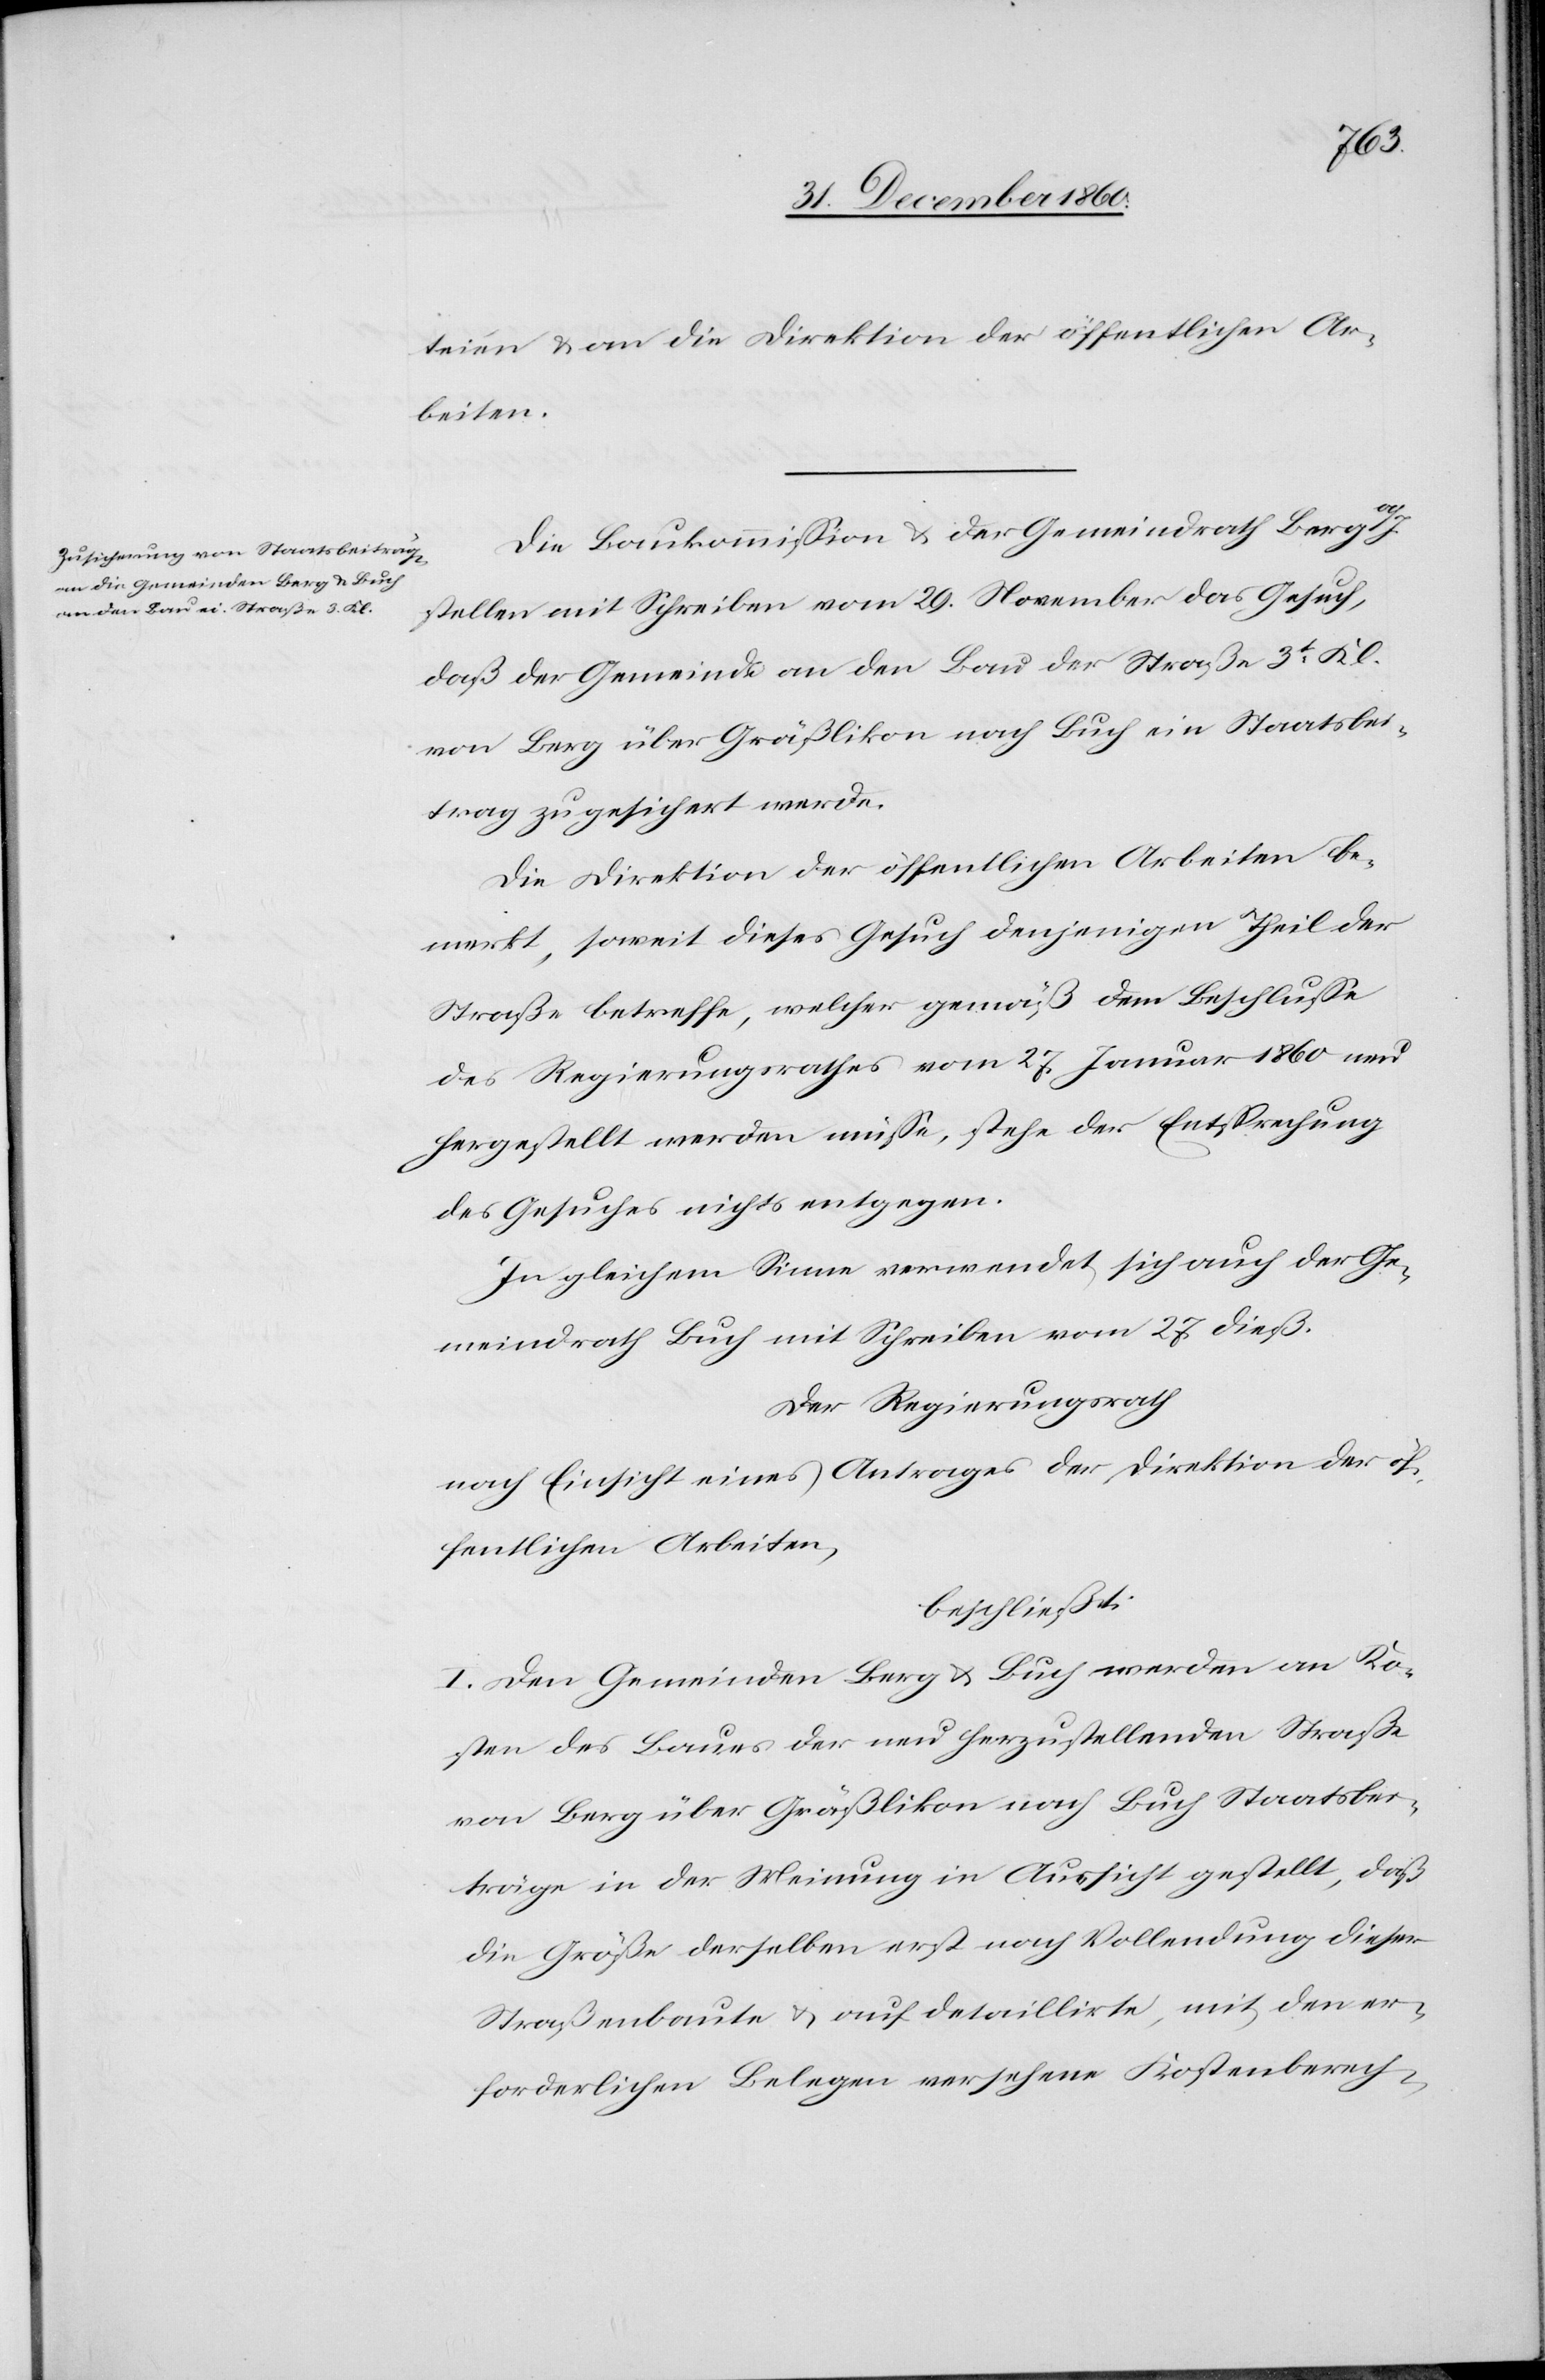
teien u. an die Direktion der öffentlichen Ar¬
beiten.
Die Baukommission u. der Gemeindrath Berg
stellen mit Schreiben vom 29. November das Gesuch,
daß der Gemeinde an den Bau der Straße 3t Kl.
von Berg über Gräßlikon nach Buch ein Staatsbei¬
trag zugesichert werde.
Die Direktion der öffentlichen Arbeiten be¬
merkt, soweit dieses Gesuch denjenigen Theil der
Straße betreffe, welcher gemäß dem Beschlusse
des Regierungsrathes vom 27. Januar 1860 neu
hergestellt werden müsse, stehe der Entsprechung
des Gesuches nichts entgegen.
In gleichem Sinne verwendet sich auch der Ge¬
meindrath Buch mit Schreiben vom 27. dieß.
Der Regierungsrath
nach Einsicht eines Antrages der Direktion der öf¬
fentlichen Arbeiten,
beschließt:
I. Den Gemeinden Berg u. Buch werden an Ko¬
sten des Baues der neu herzustellenden Straße
von Berg über Gräßlikon nach Buch Staatsbei¬
träge in der Meinung in Aussicht gestellt, daß
die Große derselben erst nach Vollendung dieser
Straßenbaute u. auf detaillirte mit den er¬
forderlichen Belegen versehene Kostenberech-